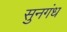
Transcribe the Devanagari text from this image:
सुनगंध